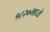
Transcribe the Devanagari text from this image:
१८२०मध्ये